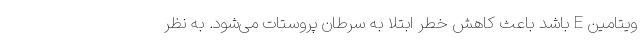
ویتامین E باشد باعث کاهش خطر ابتلا به سرطان پروستات می‌شود. به نظر